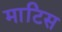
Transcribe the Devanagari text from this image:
माटिस